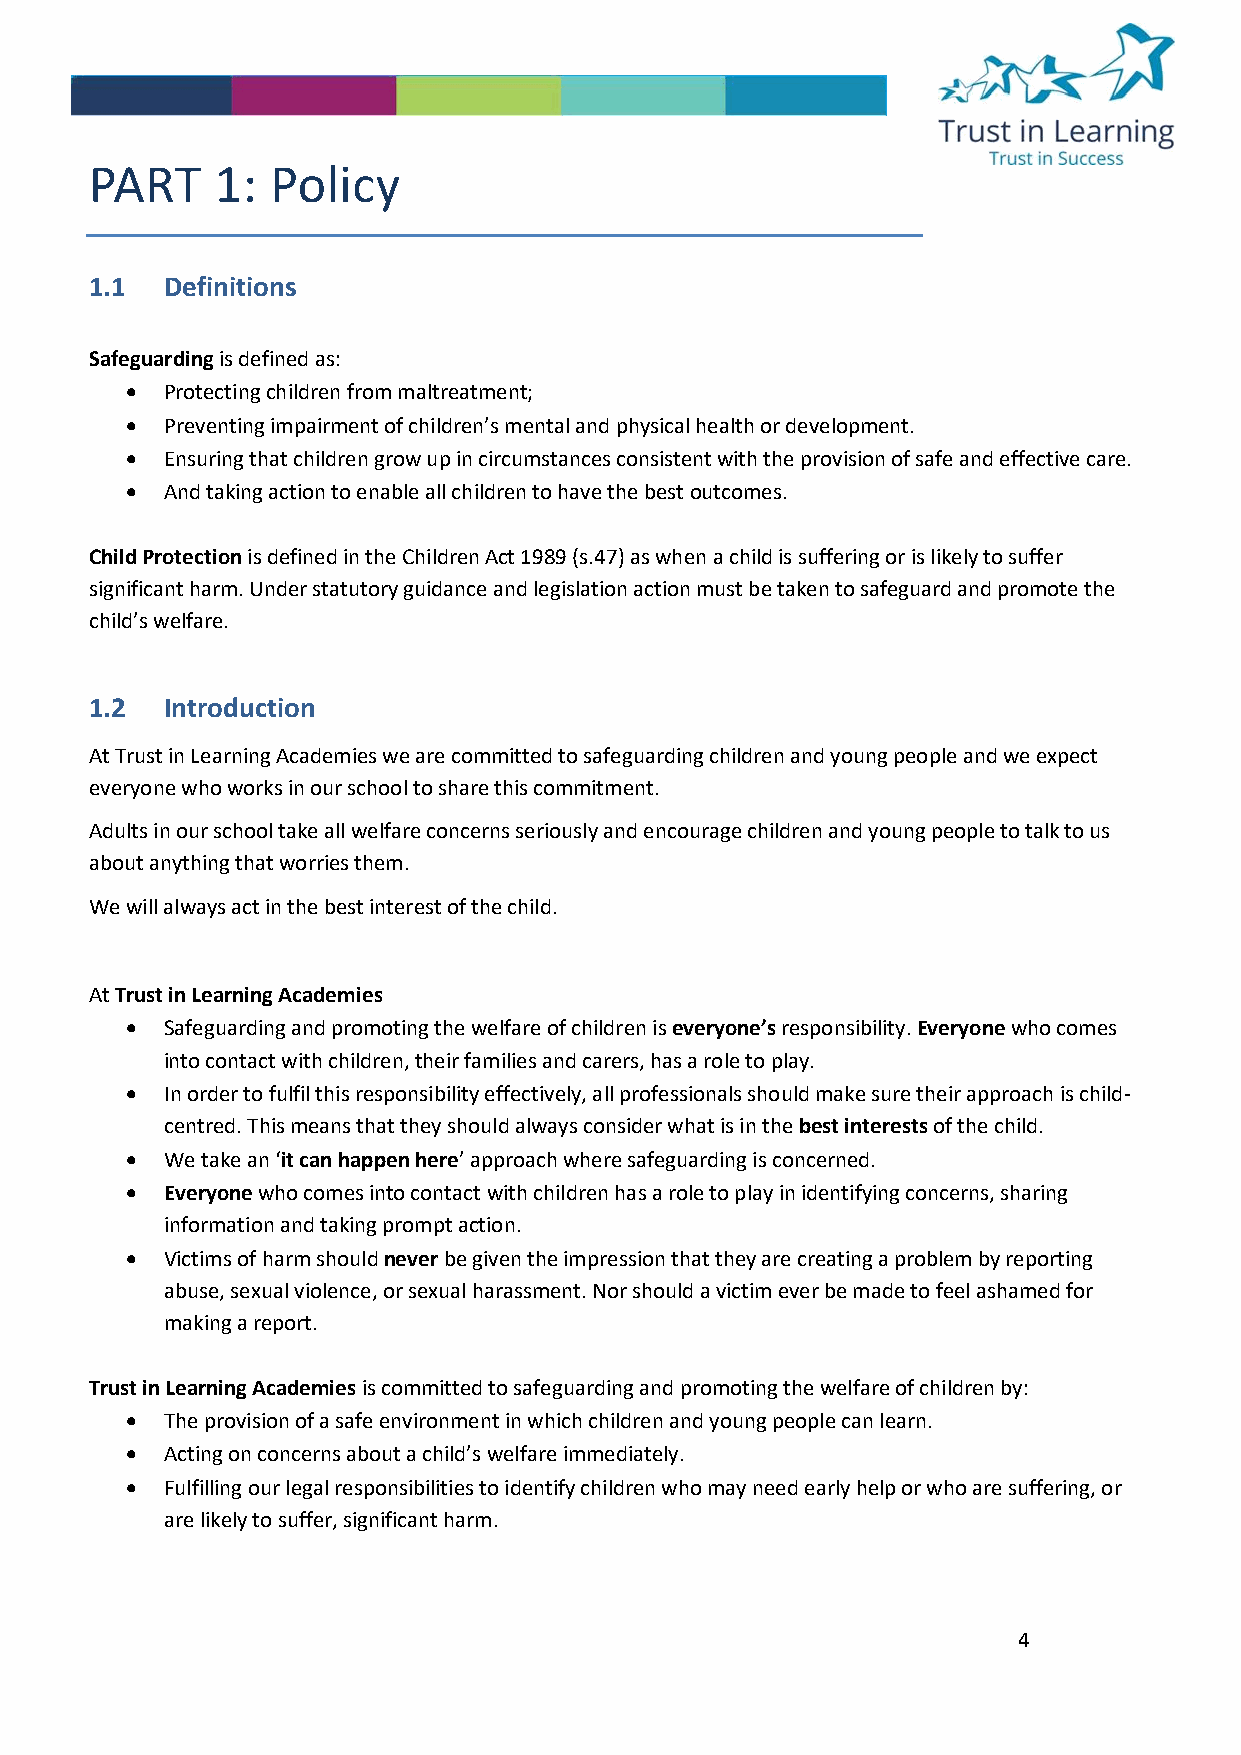
PART    1:  Policy
 1.1  Definitions
 Safeguarding is defined as:
 •  Protecting children from maltreatment;
 •  Preventing impairment of children’s mental and physical health or development.
 •  Ensuring that children grow up in circumstances consistent with the provision of safe and effective care.
 •  And taking action to enable all children to have the best outcomes.
 Child Protection is defined in the Children Act 1989 (s.47) as when a child is suffering or is likely to suffer
 significant harm. Under statutory guidance and legislation action must be taken to safeguard and promote the
 child’s welfare.
 1.2  Introduction
 At Trust in Learning Academies we are committed to safeguarding children and young people and we expect
 everyone who works in our school to share this commitment.
 Adults in our school take all welfare concerns seriously and encourage children and young people to talk to us
 about anything that worries them.
 We will always act in the best interest of the child.
 At Trust in Learning Academies
 •  Safeguarding and promoting the welfare of children is everyone’s responsibility. Everyone who comes
 into contact with children, their families and carers, has a role to play.
 •  In order to fulfil this responsibility effectively, all professionals should make sure their approach is child-
 centred. This means that they should always consider what is in the best interests of the child.
 •  We take an ‘it can happen here’ approach where safeguarding is concerned.
 •  Everyone who comes into contact with children has a role to play in identifying concerns, sharing
 information and taking prompt action.
 •  Victims of harm should never be given the impression that they are creating a problem by reporting
 abuse, sexual violence, or sexual harassment. Nor should a victim ever be made to feel ashamed for
 making a report.
 Trust in Learning Academies is committed to safeguarding and promoting the welfare of children by:
 •  The provision of a safe environment in which children and young people can learn.
 •  Acting on concerns about a child’s welfare immediately.
 •  Fulfilling our legal responsibilities to identify children who may need early help or who are suffering, or
 are likely to suffer, significant harm.
 4